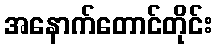
အနောက်တောင်တိုင်း